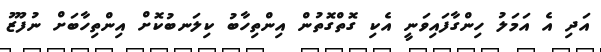
އަދި އެ އަމަލު ހިންގާފައިވަނީ އެކި ގޮތްގޮތުން އިންތިހާބު ކިލަނބުކޮށް އިންތިހާބަށް ނުފޫޒު